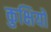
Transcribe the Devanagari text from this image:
कुक्षियों